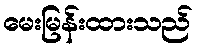
မေးမြန်းထားသည်